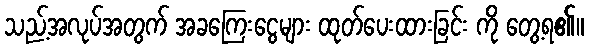
သည့်အလုပ်အတွက် အခကြေးငွေများ ထုတ်ပေးထားခြင်း ကို တွေ့ရ၏။